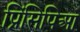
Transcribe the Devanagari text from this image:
प्रिंसिपिआ